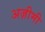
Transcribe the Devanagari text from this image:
अज़ीमी